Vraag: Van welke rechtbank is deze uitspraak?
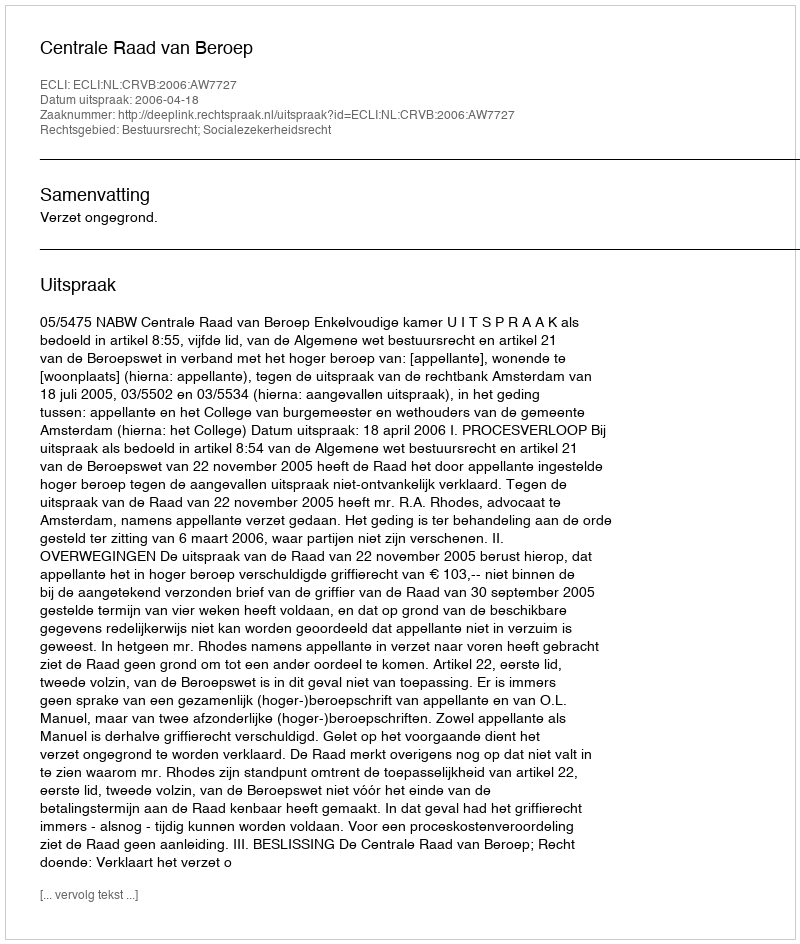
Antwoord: Centrale Raad van Beroep